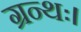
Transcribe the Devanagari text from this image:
ग्रन्थः।